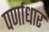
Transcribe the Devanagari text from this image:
पर्णाधार